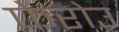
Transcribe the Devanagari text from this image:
फेरोउ